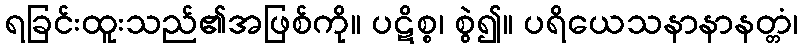
ရခြင်းထူးသည်၏အဖြစ်ကို။ ပဋိစ္စ၊ စွဲ၍။ ပရိယေသနာနာနတ္တံ၊